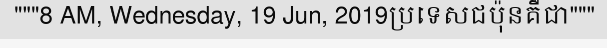
"""8 AM, Wednesday, 19 Jun, 2019ប្រទេសជប៉ុនគឺជា"""